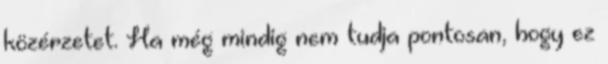
közérzetet. Ha még mindig nem tudja pontosan, hogy ez